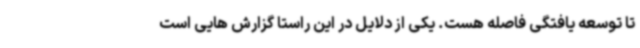
تا توسعه یافتگی فاصله هست. یکی از دلایل در این راستا گزارش هایی است